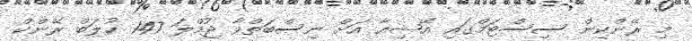
މި ރޭންކިން ސިސްޓަމްގައި އޭޝިއާ އަށް ނިސްބަތްވާ ޖުމްލަ 147 ކުލަބް ރޭންކް